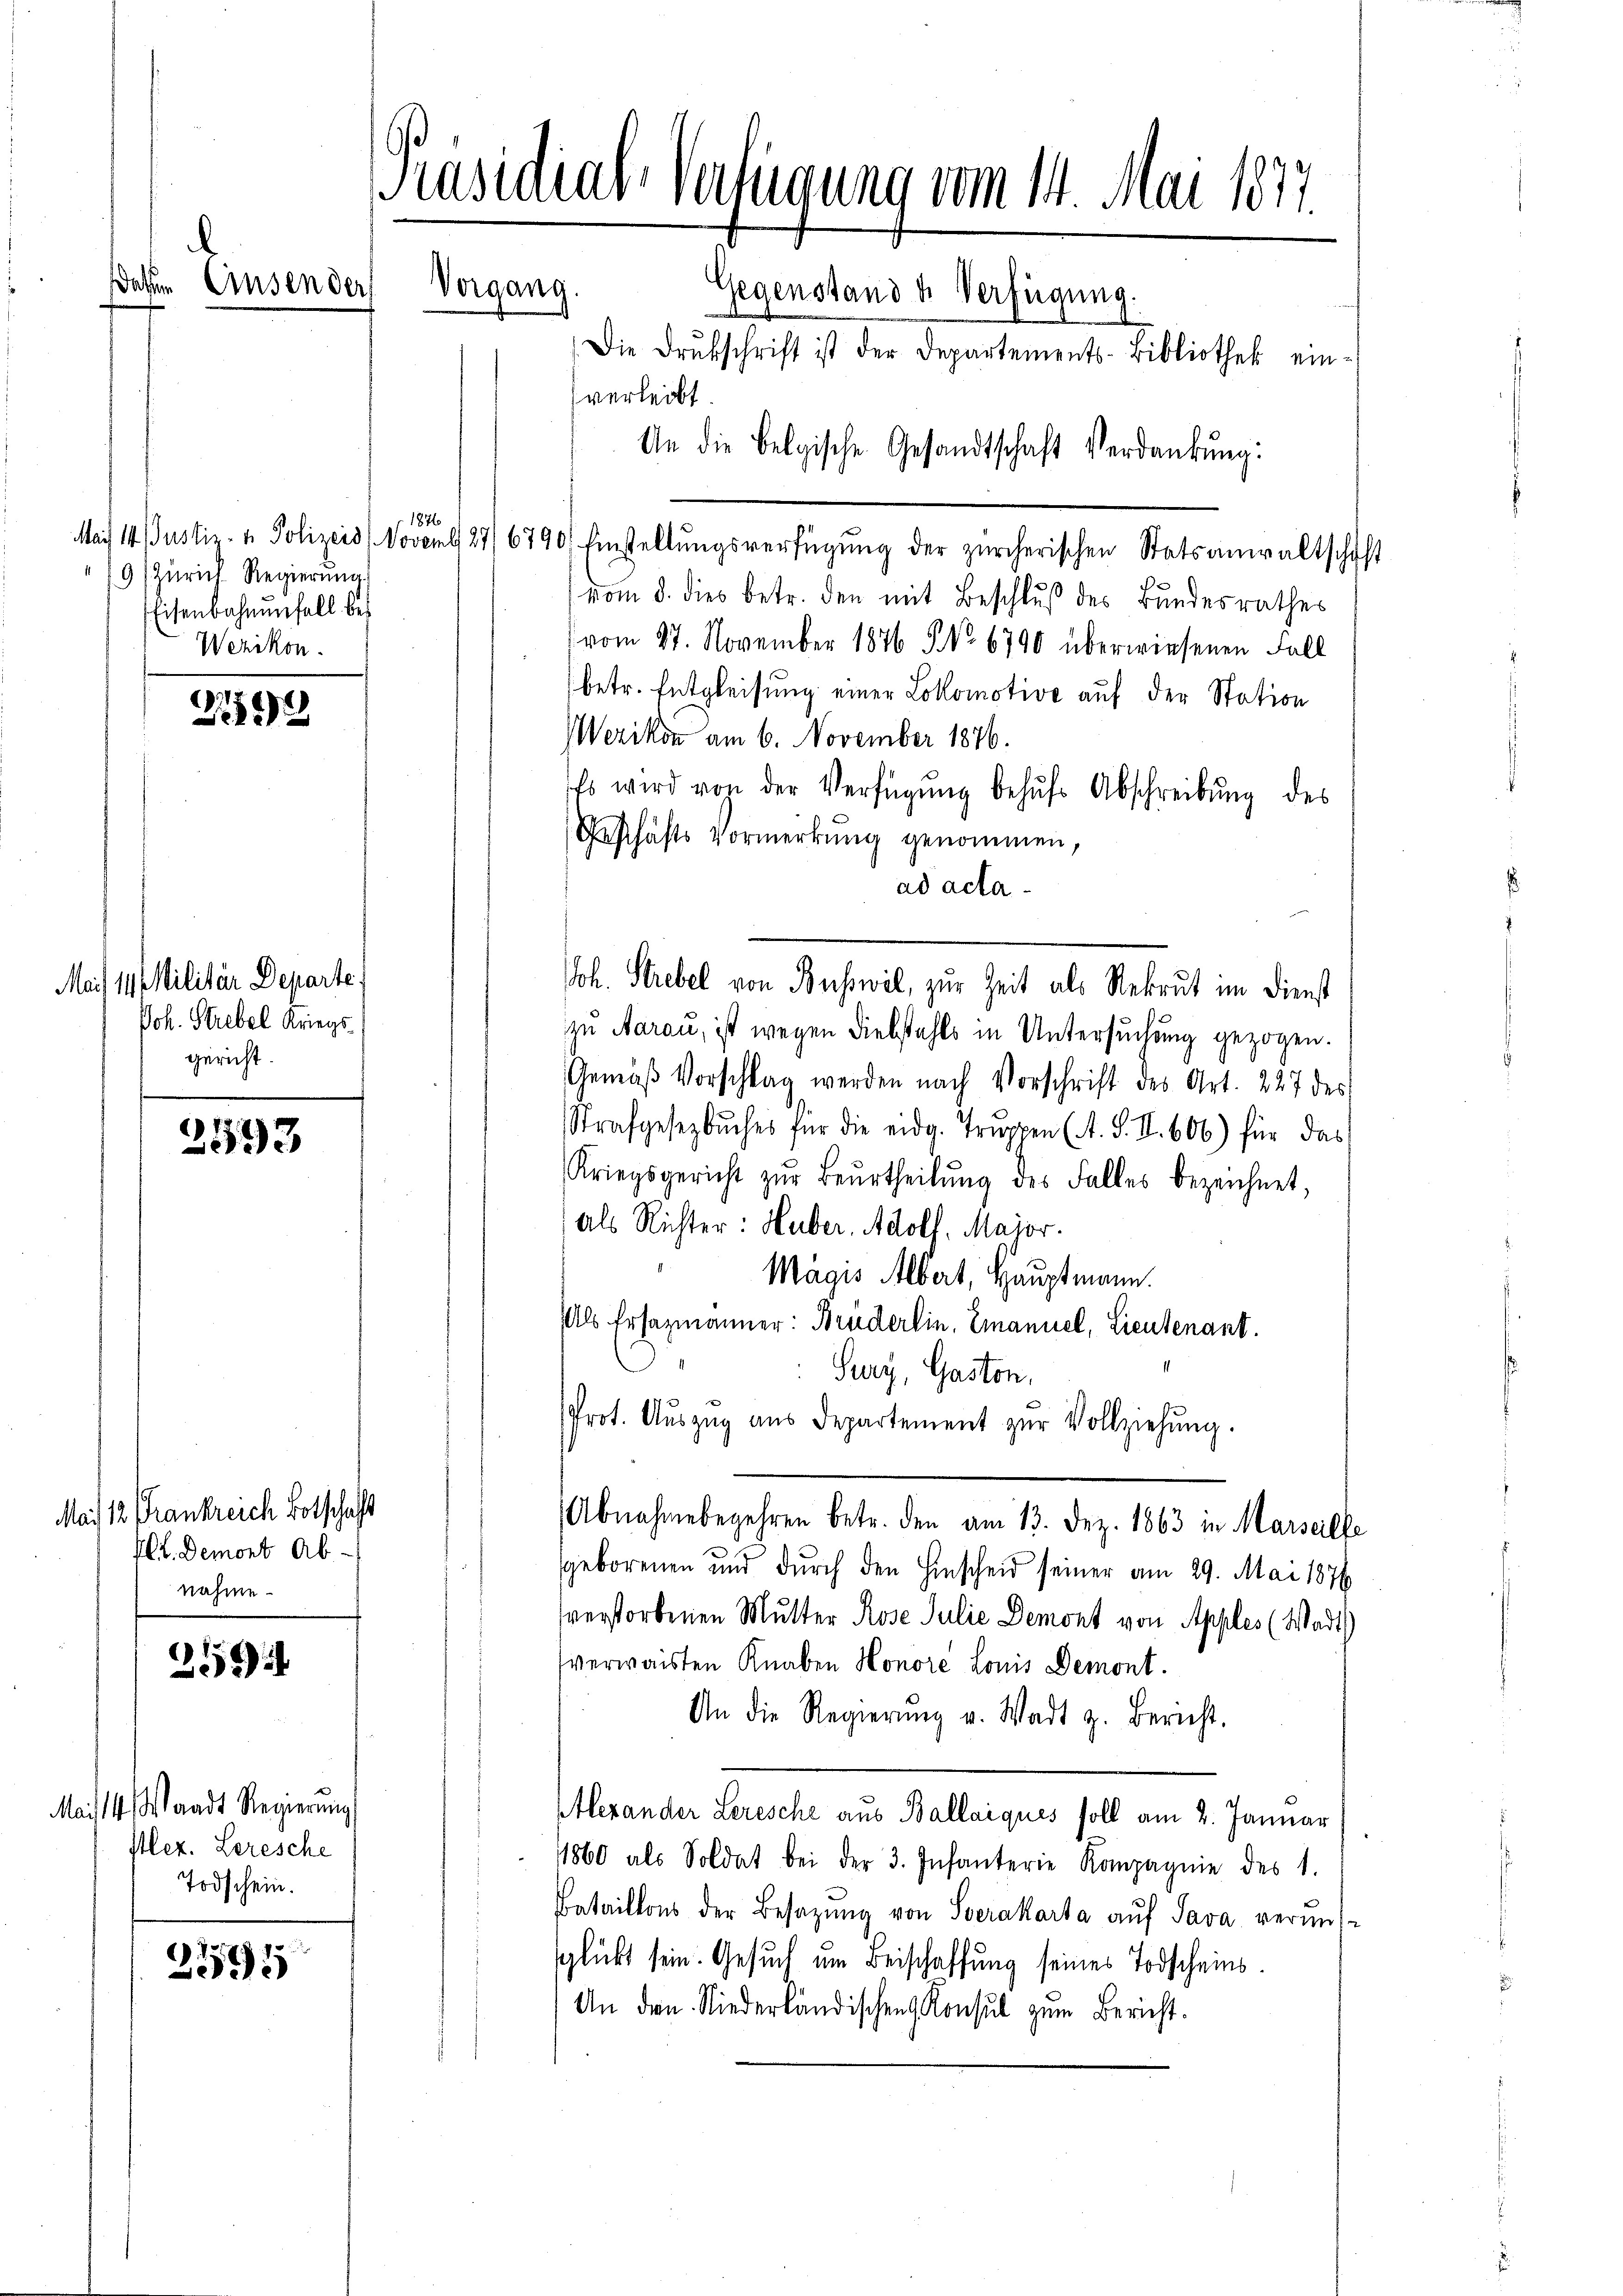
l
deßen Einsenden

1876
9 Zürich Regierung
Eisenbahnenfall bei
Wezikon.

2199

Mais 11 Militär Departe.
Joh. Strebel Kriegs
gericht.

2593

Mai 12 Frankreich Botschaft
Ill. Demont Ab-
nahme.

255

Maist4, Waadt Regierung
stlez. Lerische
Todschein.

2251

Präsidial-Verfügung vom 14. Mai 1877.
Vorgang.
Gegenstand u. Verfügung.
Die Drukschrift ist der Departements-Bibliothek einverleibt.
An die Belgische Gesandtschaft Verdankŭng:

Mais 14. Justiz- & Polizeis. Noveml27/6790. Einstellŭngsverfügŭng der zürcherischen Statsanwaltschaft
(vom 8. dies betr. den mit Beschluß des Bundesrathes
(vom 27. November 1876 NNo. 6790 überwiesenen Fall
betr. Entgleisung einer Lokomotive auf der Station
Werikon am 6. November 1876.
Es wird von der Verfügŭng behŭfs Abschreibŭng des
Geschäfts Vormerkŭng genommen,
ad acta
zu Aarau, ist wegen Diebstahls in Untersuchung gezogen.
Gemäß Vorschlag werden nach Vorschrift des Art. 227 des
Strafgesetzbuches für die eidg. Truppen (A. S. II. 606) für das
Kriegsgericht zŭr Beurtheilŭng des Falles bezeichnet,
als Richter: Huber, Adolf. Major.
Mägis Albert, Hauptmann.
Als Ersazmänner: Brüderlin, Emanuel, Lieutenant.
Sury, Gaston,
Prot. Aŭszŭg aŭs departement zŭr Vollziehŭng.
Abnahmebegehren betr. den am 13. Dez. 1863 in Marseille
geborenen und durch den Hinscheid seiner am 29. Mai 1876
verstorbenen Mutter Rose Julie Demont von Apples (Wadt)
verwaisten Knaben Honore Louis Demont.
An die Regierŭng u. Wart z. Bericht.
Alexander Lerische aus Ballaiqués soll am 2. Januar
11860 als Soldat bei der 3. Infanterie Kompagnie des 1.
Bataillons der Besazŭng von Serakarta auf Java verunssglückt sein. Gesuch um Beischaffung seines Todscheins¬
An den Niederländischen Konsul zum Bericht.

Joh. Strebel von Busswil, zur Zeit als Rekrut im Dienst